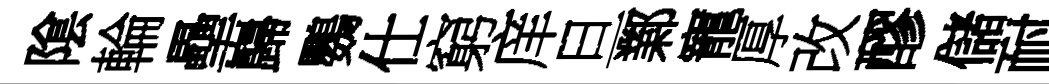
隂輪壘巋鸚仕窮庠旦鄴寵厚改醪儲耐